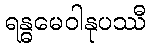
ရန္ဓမေဝါနုပဿီ